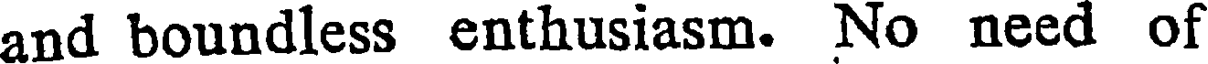
and boundless enthusiasm. No need of